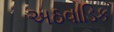
અઠવાડિક